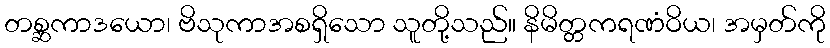
တစ္ဆကာဒယော၊ ဗိသုကာအစရှိသော သူတို့သည်။ နိမိတ္တကရဏံဝိယ၊ အမှတ်ကို